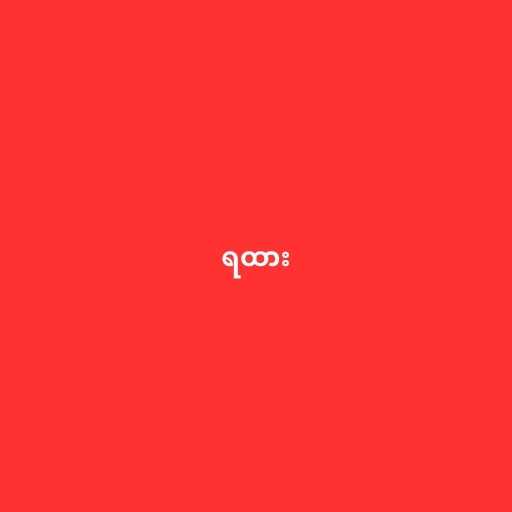
ရထား